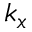
k _ { x }